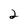
Character: 2